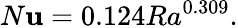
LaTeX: N\mathbf{u}=0.124Ra^{0.309}.